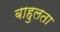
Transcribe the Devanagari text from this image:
बाहुलता